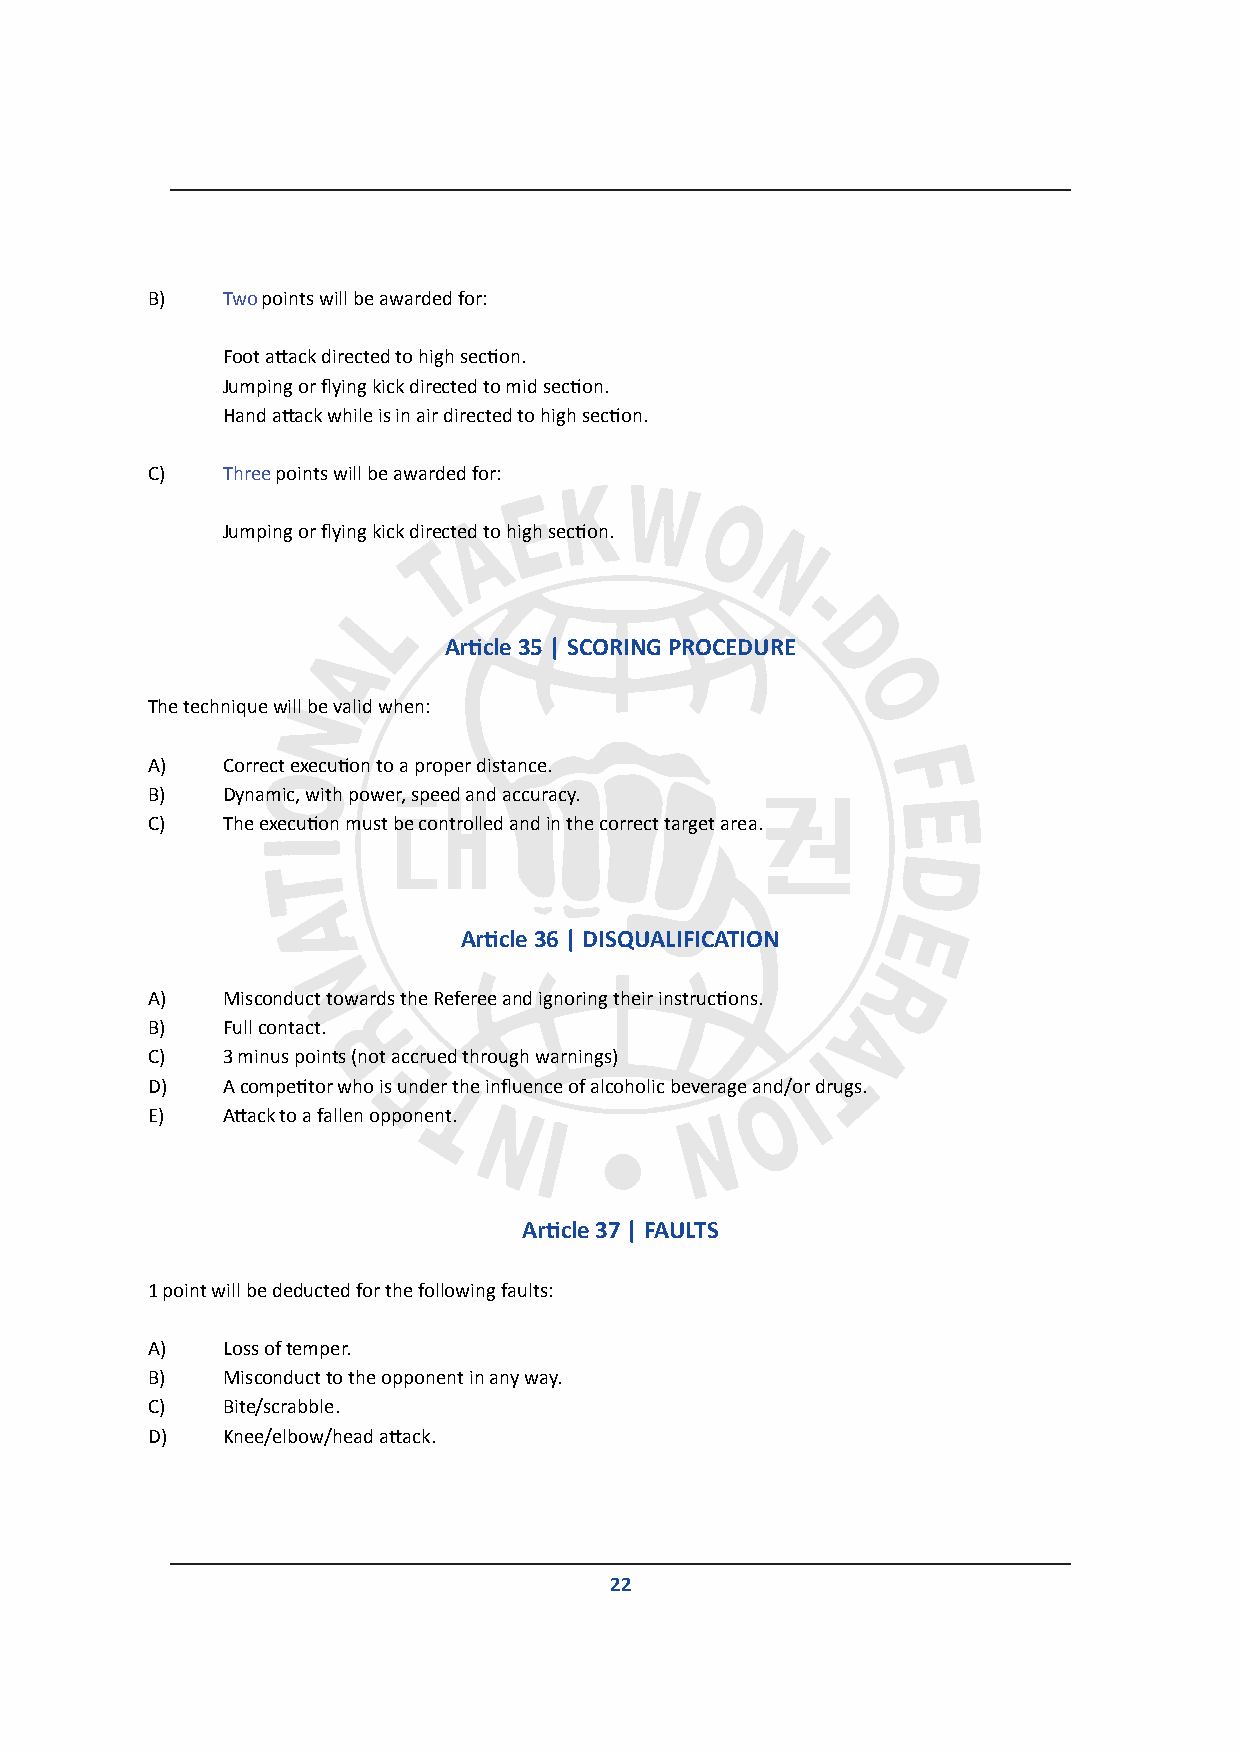
B)   Two points will be awarded for:
 Foot attack directed to high section.
 Jumping or flying kick directed to mid section.
 Hand attack while is in air directed to high section.
 C)   Three points will be awarded for:
 Jumping or flying kick directed to high section.
 Article 35 | SCORING PROCEDURE
 The technique will be valid when:
 A)   Correct execution to a proper distance.
 B)   Dynamic, with power, speed and accuracy.
 C)   The execution must be controlled and in the correct target area.
 Article 36 | DISQUALIFICATION
 A)   Misconduct towards the Referee and ignoring their instructions.
 B)   Full contact.
 C)   3 minus points (not accrued through warnings)
 D)   A competitor who is under the influence of alcoholic beverage and/or drugs.
 E)   Attack to a fallen opponent.
 Article 37 | FAULTS
 1 point will be deducted for the following faults:
 A)   Loss of temper.
 B)   Misconduct to the opponent in any way.
 C)   Bite/scrabble.
 D)   Knee/elbow/head attack.
 22